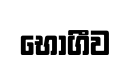
භෝගීව